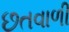
છતવાળી